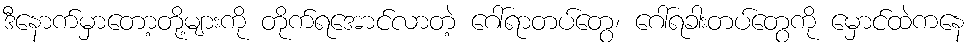
ဒီနောက်မှာတော့တို့များကို တိုက်ရအောင်လာတဲ့ ဂေါ်ရာတပ်တွေ၊ ဂေါ်ရခါးတပ်တွေကို မှောင်ထဲကနေ